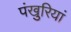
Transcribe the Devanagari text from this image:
पंखुरियां